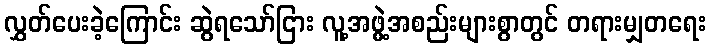
လွှတ်ပေးခဲ့ကြောင်း ဆွဲရသော်ငြား လူ့အဖွဲ့အစည်းများစွာတွင် တရားမျှတရေး